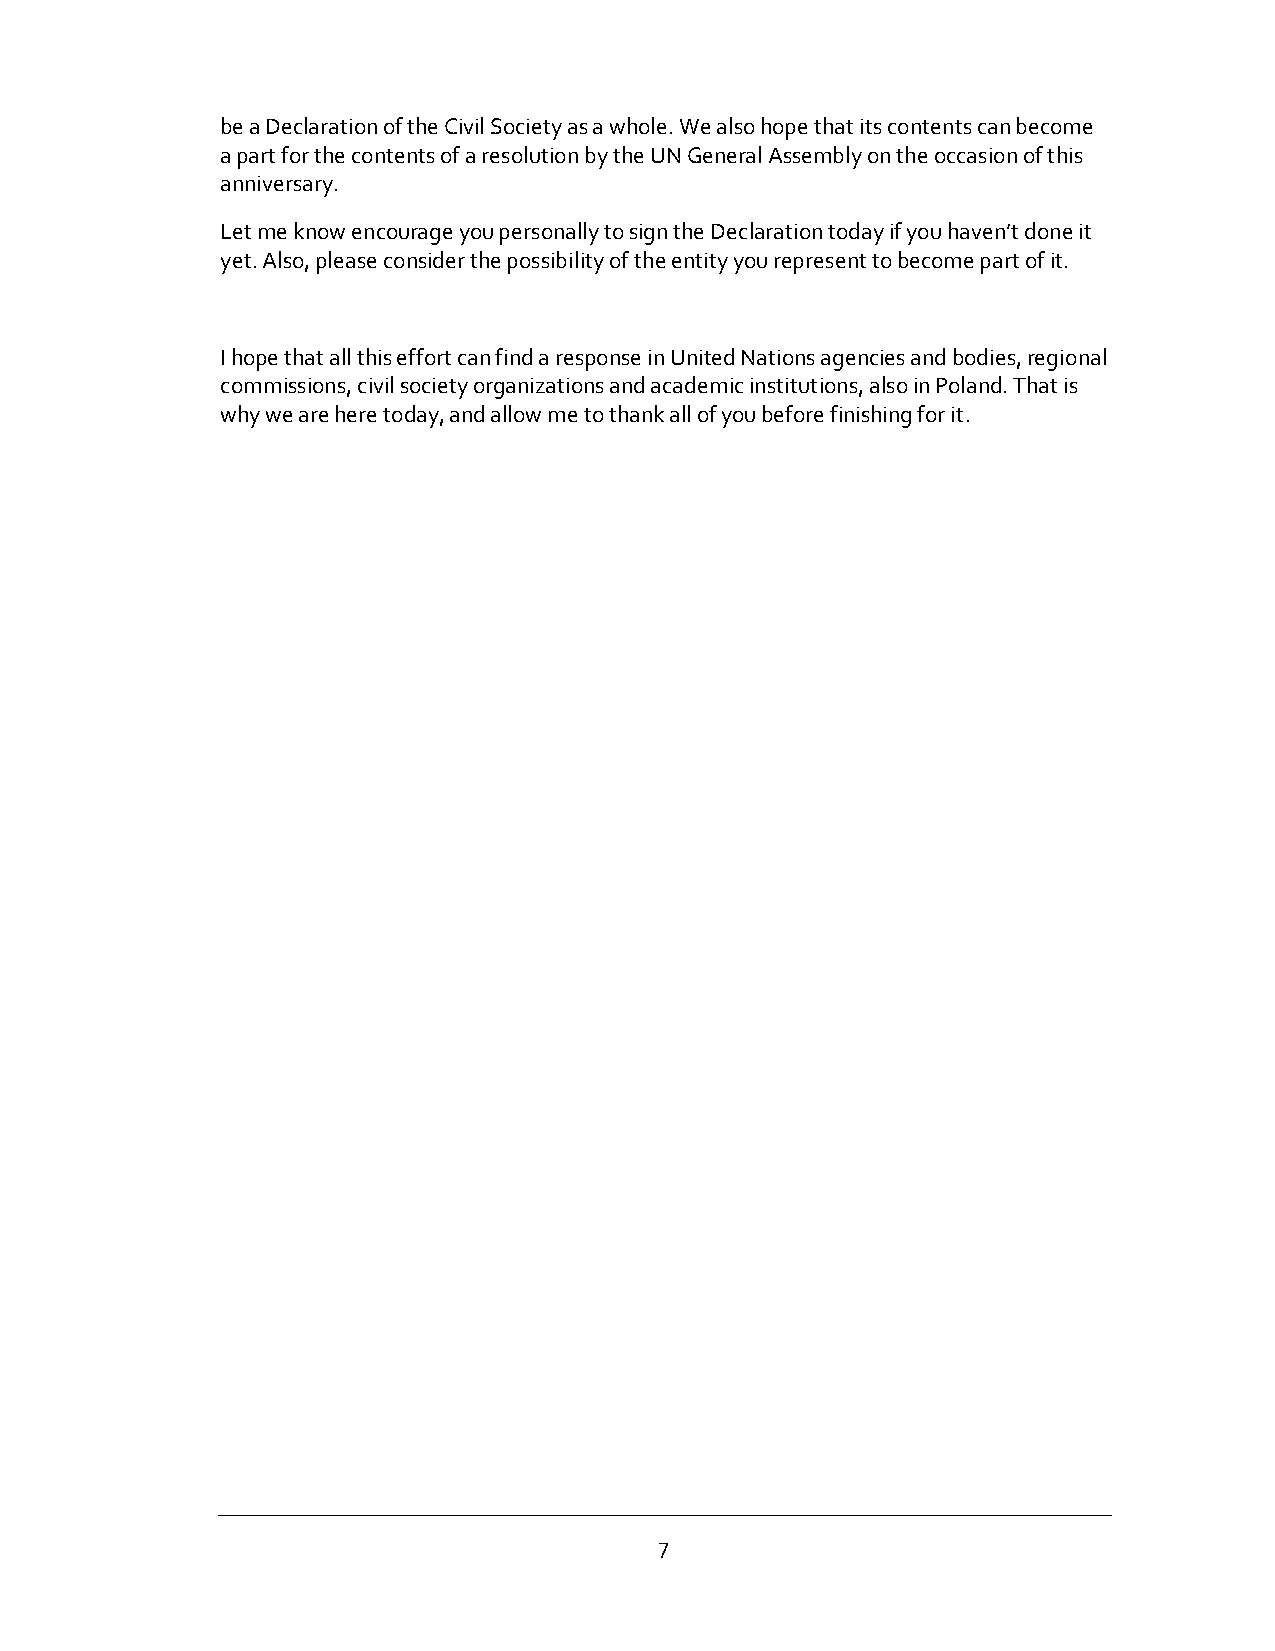
be a Declaration of the Civil Society as a whole. We also hope that its contents can become
 a part for the contents of a resolution by the UN General Assembly on the occasion of this
 anniversary.
 Let me know encourage you personally to sign the Declaration today if you haven’t done it
 yet. Also, please consider the possibility of the entity you represent to become part of it.
 I hope that all this effort can find a response in United Nations agencies and bodies, regional
 commissions, civil society organizations and academic institutions, also in Poland. That is
 why we are here today, and allow me to thank all of you before finishing for it.
 7